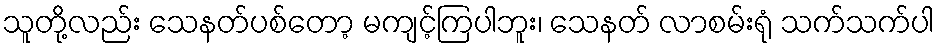
သူတို့လည်း သေနတ်ပစ်တော့ မကျင့်ကြပါဘူး၊ သေနတ် လာစမ်းရုံ သက်သက်ပါ